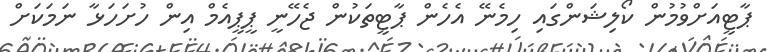
ޕާޓީއަށްވުމުން ކޯލިޝަންގައި ހިމެނޭ އެހެން ޕާޓީތަކުން ޖެހޭނީ ޕީޕީއެމް އިން ހުށަހަޅާ ނަމަކަށް